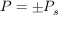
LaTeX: P = \pm P _ { s }